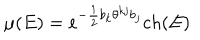
LaTeX: \mu ( E ) = e ^ { - \frac { 1 } { 2 } b _ { k } \theta ^ { k j } b _ { j } } c h ( E )